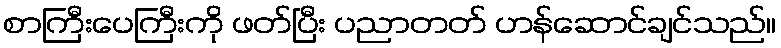
စာကြီးပေကြီးကို ဖတ်ပြီး ပညာတတ် ဟန်ဆောင်ချင်သည်။